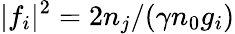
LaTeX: \lvert f_{i}\rvert^{2}=2n_{j}/(\gamma n_{0}g_{i})